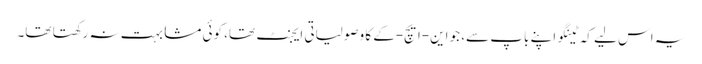
یہ اس لیے کہ ٹینگو اپنے باپ سے، جو این-ایچ-کے کا وصولیاتی ایجنٹ تھا، کوئی مشابہت نہ رکھتا تھا۔